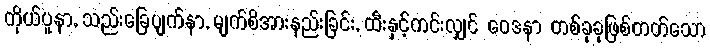
ကိုယ်ပူနာ, သည်းခြေပျက်နာ, မျက်စိအားနည်းခြင်း, ထီးနှင့်ကင်းလျှင် ဝေဒနာ တစ်ခုခုဖြစ်တတ်သော